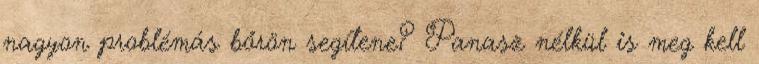
nagyon problémás bőrön segítene? Panasz nélkül is meg kell